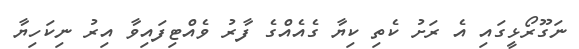
ނަގޫރޯޅީގައި އެ ރަށު ކެތި ކިޔާ ގެއެއްގެ ފާރު ވެއްޓިފައިވާ އިރު ނިކަހިޔާ